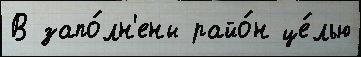
В запо́лн'ены райо́н це́лью